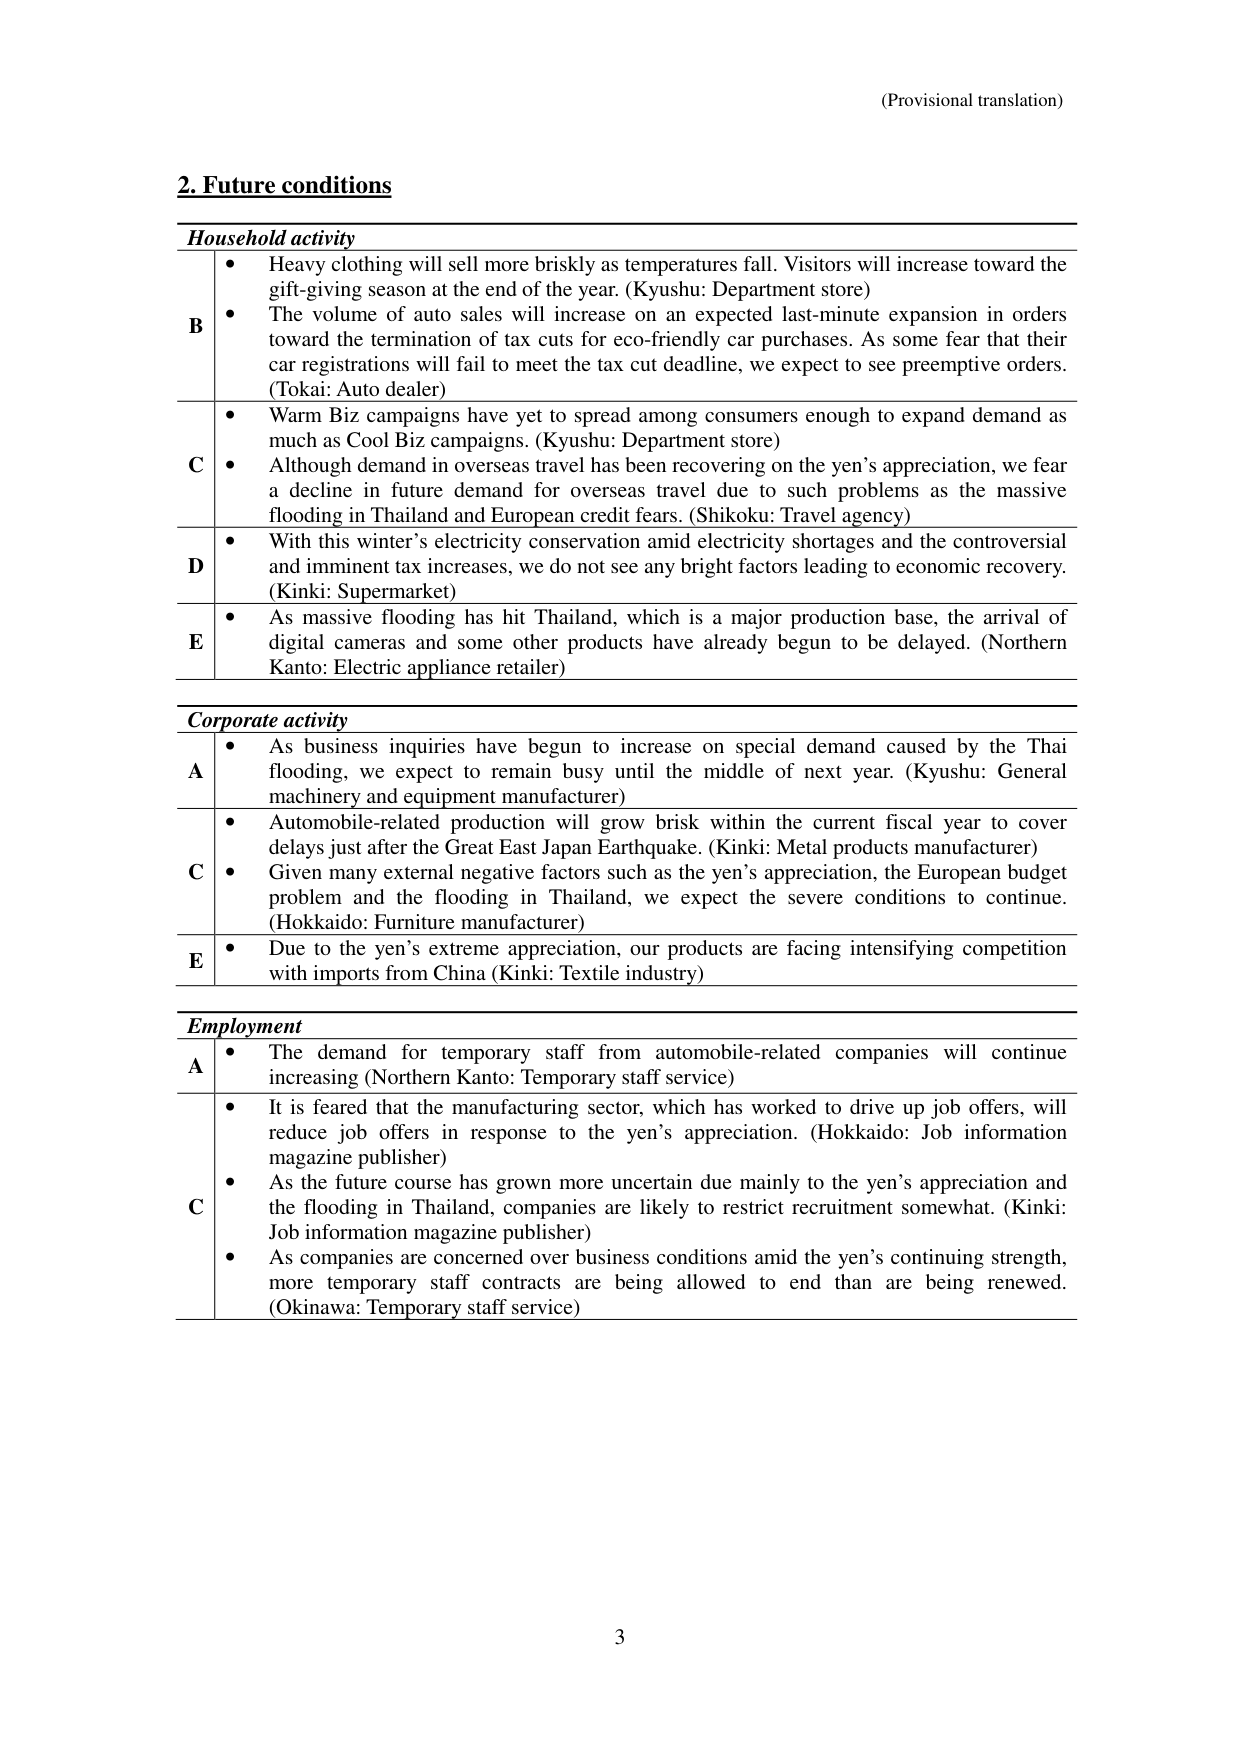
(Provisional translation)

2. Future conditions

Household activity

B
• Heavy clothing will sell more briskly as temperatures fall. Visitors will increase toward the gift-giving season at the end of the year. (Kyushu: Department store)
• The volume of auto sales will increase on an expected last-minute expansion in orders toward the termination of tax cuts for eco-friendly car purchases. As some fear that their car registrations will fail to meet the tax cut deadline, we expect to see preemptive orders. (Tokai: Auto dealer)

C
• Warm Biz campaigns have yet to spread among consumers enough to expand demand as much as Cool Biz campaigns. (Kyushu: Department store)
• Although demand in overseas travel has been recovering on the yen’s appreciation, we fear a decline in future demand for overseas travel due to such problems as the massive flooding in Thailand and European credit fears. (Shikoku: Travel agency)

D
• With this winter’s electricity conservation amid electricity shortages and the controversial and imminent tax increases, we do not see any bright factors leading to economic recovery. (Kinki: Supermarket)

E
• As massive flooding has hit Thailand, which is a major production base, the arrival of digital cameras and some other products have already begun to be delayed. (Northern Kanto: Electric appliance retailer)

Corporate activity

A
• As business inquiries have begun to increase on special demand caused by the Thai flooding, we expect to remain busy until the middle of next year. (Kyushu: General machinery and equipment manufacturer)

C
• Automobile-related production will grow brisk within the current fiscal year to cover delays just after the Great East Japan Earthquake. (Kinki: Metal products manufacturer)
• Given many external negative factors such as the yen’s appreciation, the European budget problem and the flooding in Thailand, we expect the severe conditions to continue. (Hokkaido: Furniture manufacturer)

E
• Due to the yen’s extreme appreciation, our products are facing intensifying competition with imports from China (Kinki: Textile industry)

Employment

A
• The demand for temporary staff from automobile-related companies will continue increasing (Northern Kanto: Temporary staff service)

C
• It is feared that the manufacturing sector, which has worked to drive up job offers, will reduce job offers in response to the yen’s appreciation. (Hokkaido: Job information magazine publisher)
• As the future course has grown more uncertain due mainly to the yen’s appreciation and the flooding in Thailand, companies are likely to restrict recruitment somewhat. (Kinki: Job information magazine publisher)
• As companies are concerned over business conditions amid the yen’s continuing strength, more temporary staff contracts are being allowed to end than are being renewed. (Okinawa: Temporary staff service)

3